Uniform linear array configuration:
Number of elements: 24
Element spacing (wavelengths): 1
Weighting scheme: cosine
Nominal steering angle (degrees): -15
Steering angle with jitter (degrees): -16.33
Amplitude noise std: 0.05
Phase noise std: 0.05

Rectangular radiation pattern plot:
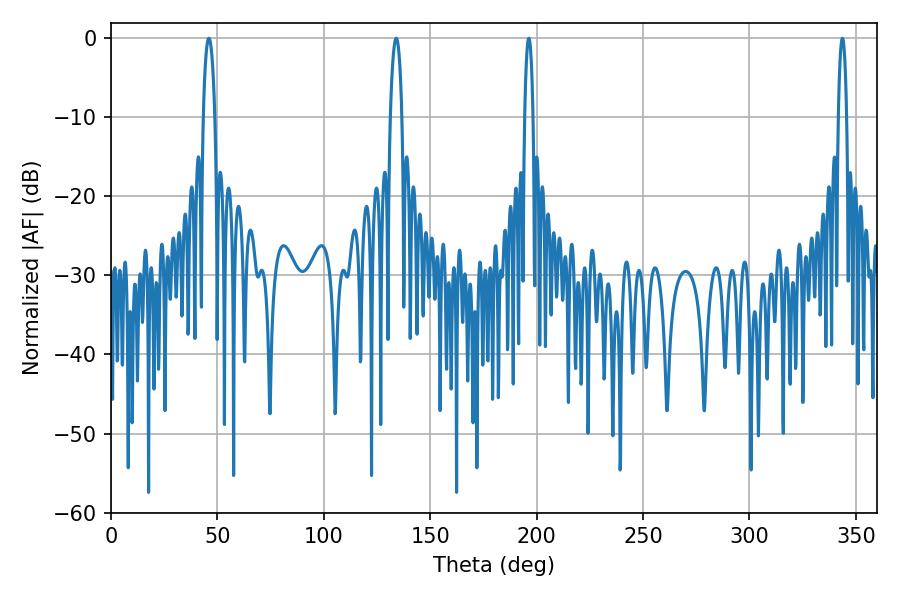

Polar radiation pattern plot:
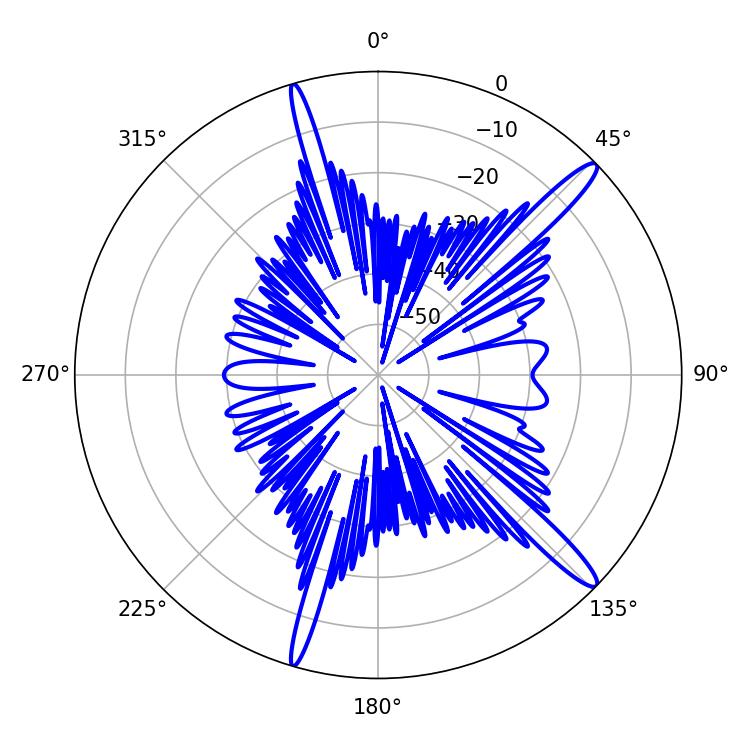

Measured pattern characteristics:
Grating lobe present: TRUE
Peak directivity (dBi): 15.034
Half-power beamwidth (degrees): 3.06
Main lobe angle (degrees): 45.9